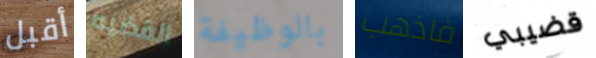
أقبل القضيه بالوظيفة فاذهب قضيبي